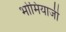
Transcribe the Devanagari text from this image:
भोमियाजी